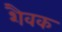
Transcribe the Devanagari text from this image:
शैवक